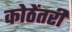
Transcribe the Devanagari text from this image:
कोठेंतरी